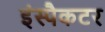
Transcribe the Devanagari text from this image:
इंस्पैकटर